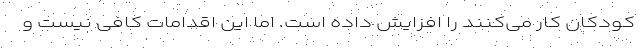
کودکان کار می‌کنند را افزایش داده است. اما این اقدامات کافی نیست و